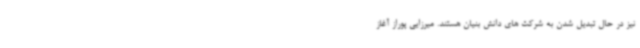
نیز در حال تبدیل شدن به شرکت های دانش بنیان هستند. میرزایی پوراز آغاز